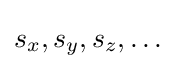
s_{x},s_{y},s_{z},\ldots